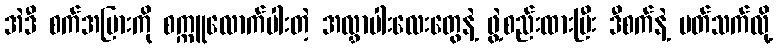
အဲဒီ စက်အပြားကို စက္ကူလောက်ပါးတဲ့ အလွှာပါးလေးတွေနဲ့ ဖွဲ့စည်းထားပြီး ဒီစက်နဲ့ ပတ်သက်လို့